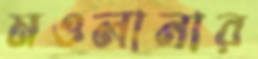
মওলানার